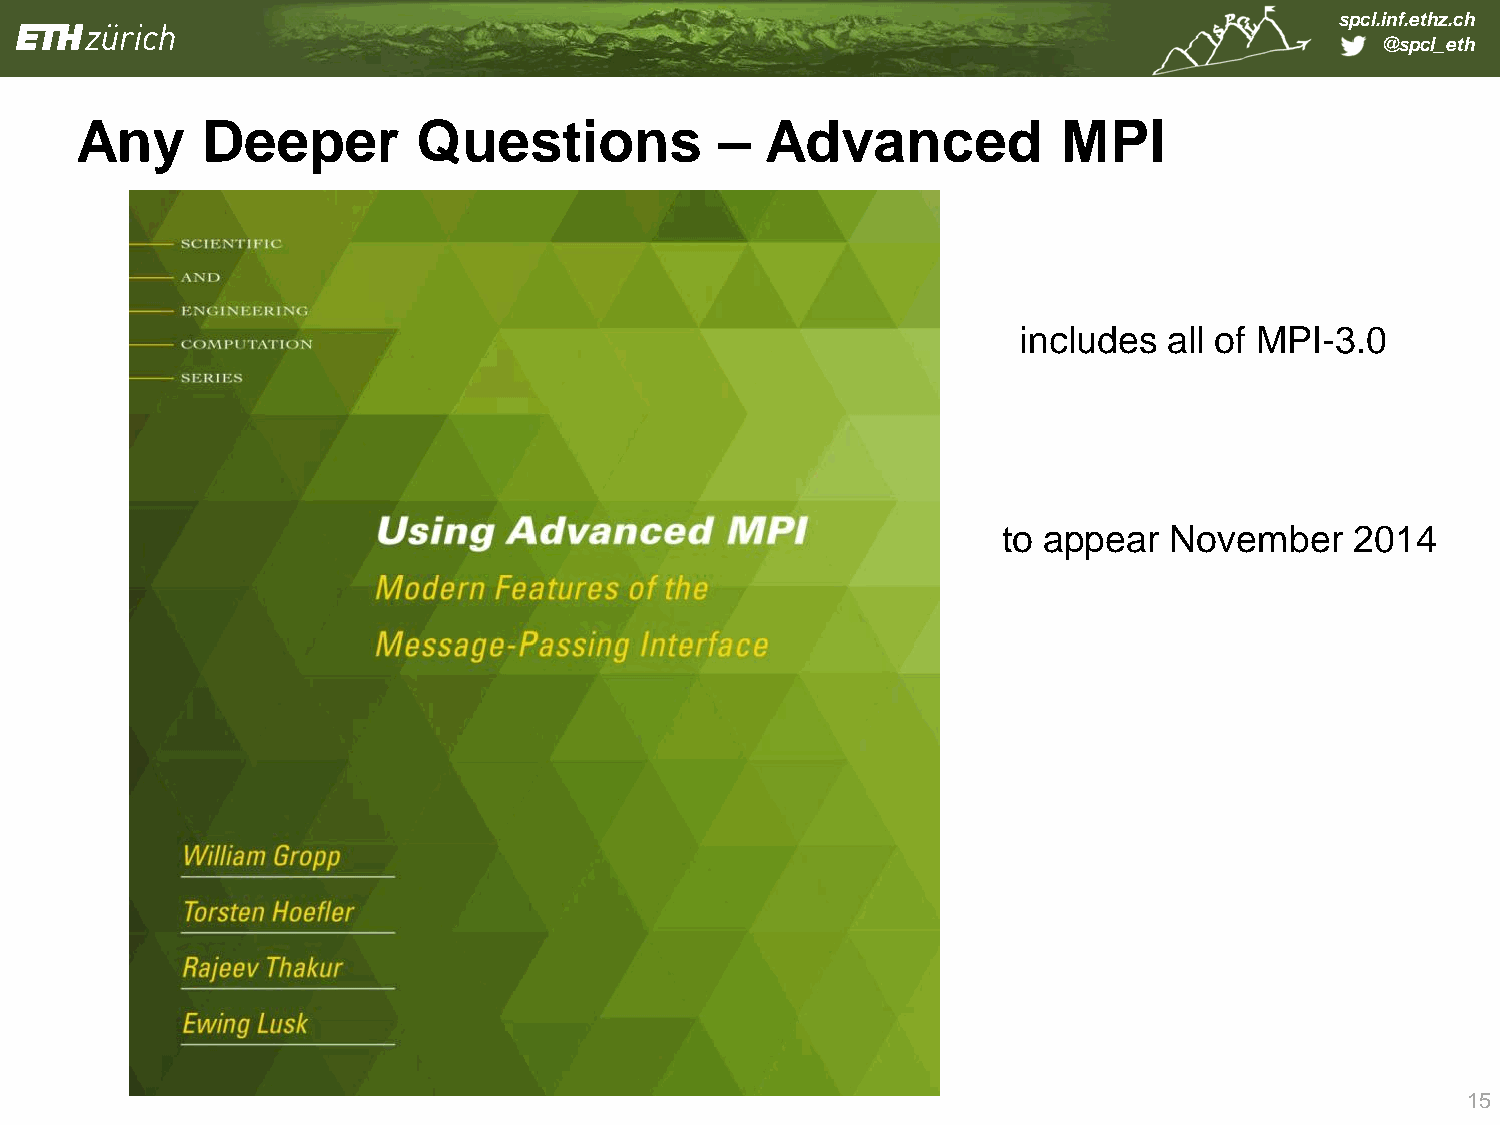
spcl.inf.ethz.ch
 @spcl_eth
 Any     Deeper         Questions           –  Advanced           MPI
 includes  all of MPI-3.0
 to appear  November     2014
 15